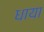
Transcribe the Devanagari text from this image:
धाया